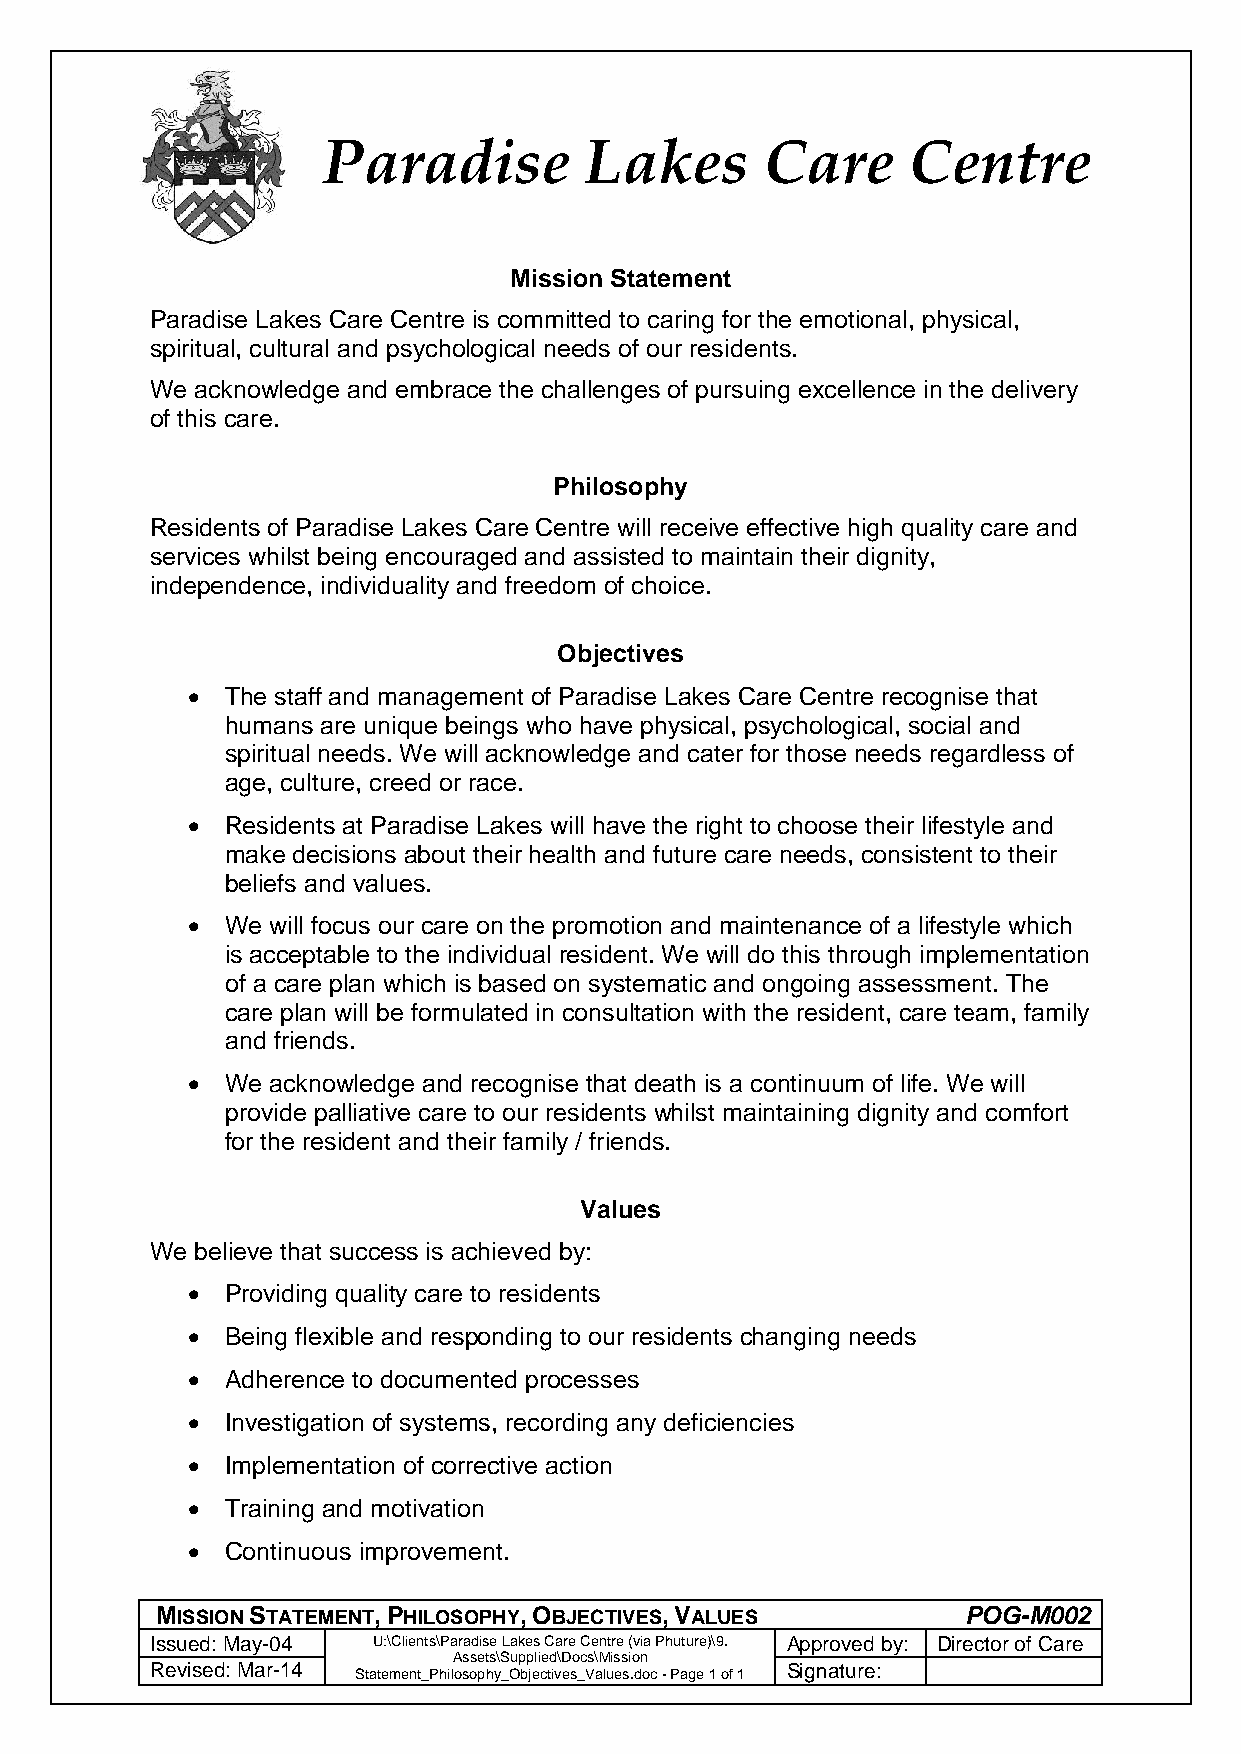
Paradise          Lakes       Care     Centre
 Mission Statement
 Paradise Lakes Care Centre is committed to caring for the emotional, physical,
 spiritual, cultural and psychological needs of our residents.
 We acknowledge and embrace the challenges of pursuing excellence in the delivery
 of this care.
 Philosophy
 Residents of Paradise Lakes Care Centre will receive effective high quality care and
 services whilst being encouraged and assisted to maintain their dignity,
 independence, individuality and freedom of choice.
 Objectives
 •  The staff and management of Paradise Lakes Care Centre recognise that
 humans are unique beings who have physical, psychological, social and
 spiritual needs. We will acknowledge and cater for those needs regardless of
 age, culture, creed or race.
 •  Residents at Paradise Lakes will have the right to choose their lifestyle and
 make decisions about their health and future care needs, consistent to their
 beliefs and values.
 •  We will focus our care on the promotion and maintenance of a lifestyle which
 is acceptable to the individual resident. We will do this through implementation
 of a care plan which is based on systematic and ongoing assessment. The
 care plan will be formulated in consultation with the resident, care team, family
 and friends.
 •  We acknowledge and recognise that death is a continuum of life. We will
 provide palliative care to our residents whilst maintaining dignity and comfort
 for the resident and their family / friends.
 Values
 We believe that success is achieved by:
 •  Providing quality care to residents
 •  Being flexible and responding to our residents changing needs
 •  Adherence to documented processes
 •  Investigation of systems, recording any deficiencies
 •  Implementation of corrective action
 •  Training and motivation
 •  Continuous improvement.
 MISSION STATEMENT, PHILOSOPHY, OBJECTIVES, VALUES     POG-M002
 Issued: May-04 U:\Clients\Paradise Lakes Care Centre (via Phuture)\9. Approved by: Director of Care
 Assets\Supplied\Docs\Mission
 Revised: Mar-14 Statement_Philosophy_Objectives_Values.doc - Page 1 of 1 Signature: